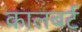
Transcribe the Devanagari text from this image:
कालबर्ट